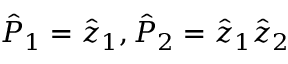
\hat { P } _ { 1 } = \hat { z } _ { 1 } , \hat { P } _ { 2 } = \hat { z } _ { 1 } \hat { z } _ { 2 }